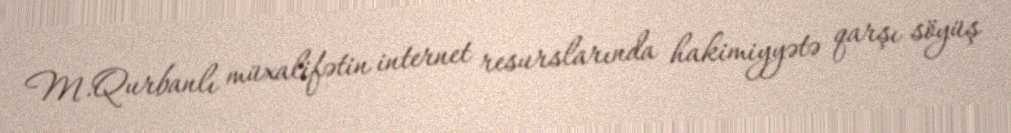
M.Qurbanlı müxalifətin internet resurslarında hakimiyyətə qarşı söyüş